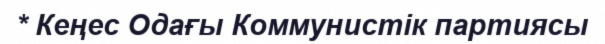
* Кеңес Одағы Коммунистік партиясы